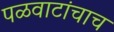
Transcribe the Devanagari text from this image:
पळवाटांचाच